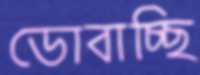
ডোবাচ্ছি